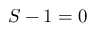
S - 1 = 0